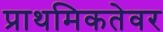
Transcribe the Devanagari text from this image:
प्राथमिकतेवर